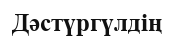
Дәстүргүлдің